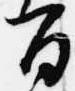
百